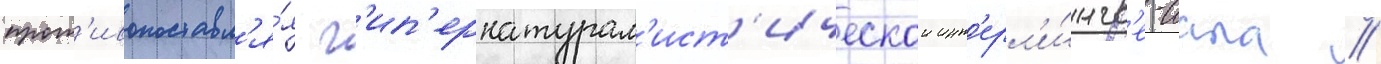
прот'ивопоставл'я́я г'ип'ернатурал'ист'ическои инт'ерл'и́нгв'е-иала //